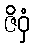
ဇိဝှံ